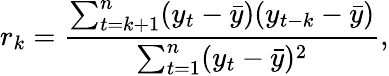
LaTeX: r_{k}=\frac{\sum_{t=k+1}^{n}(y_{t}-\bar{y})(y_{t-k}-\bar{y})}{\sum_{t=1}^{n}(y_{t}-\bar{y})^{2}},